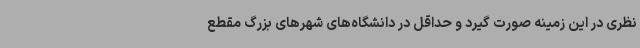
نظری در این زمینه صورت گیرد و حداقل در دانشگاه‌های شهرهای بزرگ مقطع